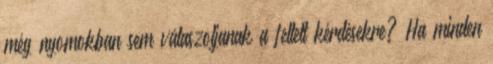
még nyomokban sem válaszoljanak a feltett kérdésekre? Ha minden